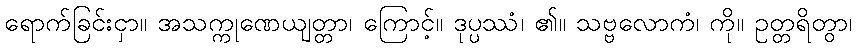
ရောက်ခြင်းငှာ။ အသက္ကုဏေယျတ္တာ၊ ကြောင့်။ ဒုပ္ပဿံ၊ ၏။ သဗ္ဗလောကံ၊ ကို။ ဥတ္တရိတွာ၊